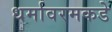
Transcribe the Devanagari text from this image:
धर्मावरमकडे